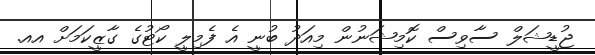
ޖުޑީޝަލް ސާވިސް ކޮމިޝަނުން މިއަދު ބުނީ އެ ފެމިލީ ކޯޓުގެ ގާޒީކަމަށް އއ.